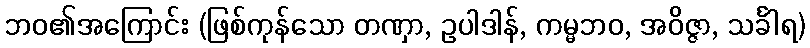
ဘဝ၏အကြောင်း (ဖြစ်ကုန်သော တဏှာ, ဥပါဒါန်, ကမ္မဘဝ, အဝိဇ္ဇာ, သင်္ခါရ)